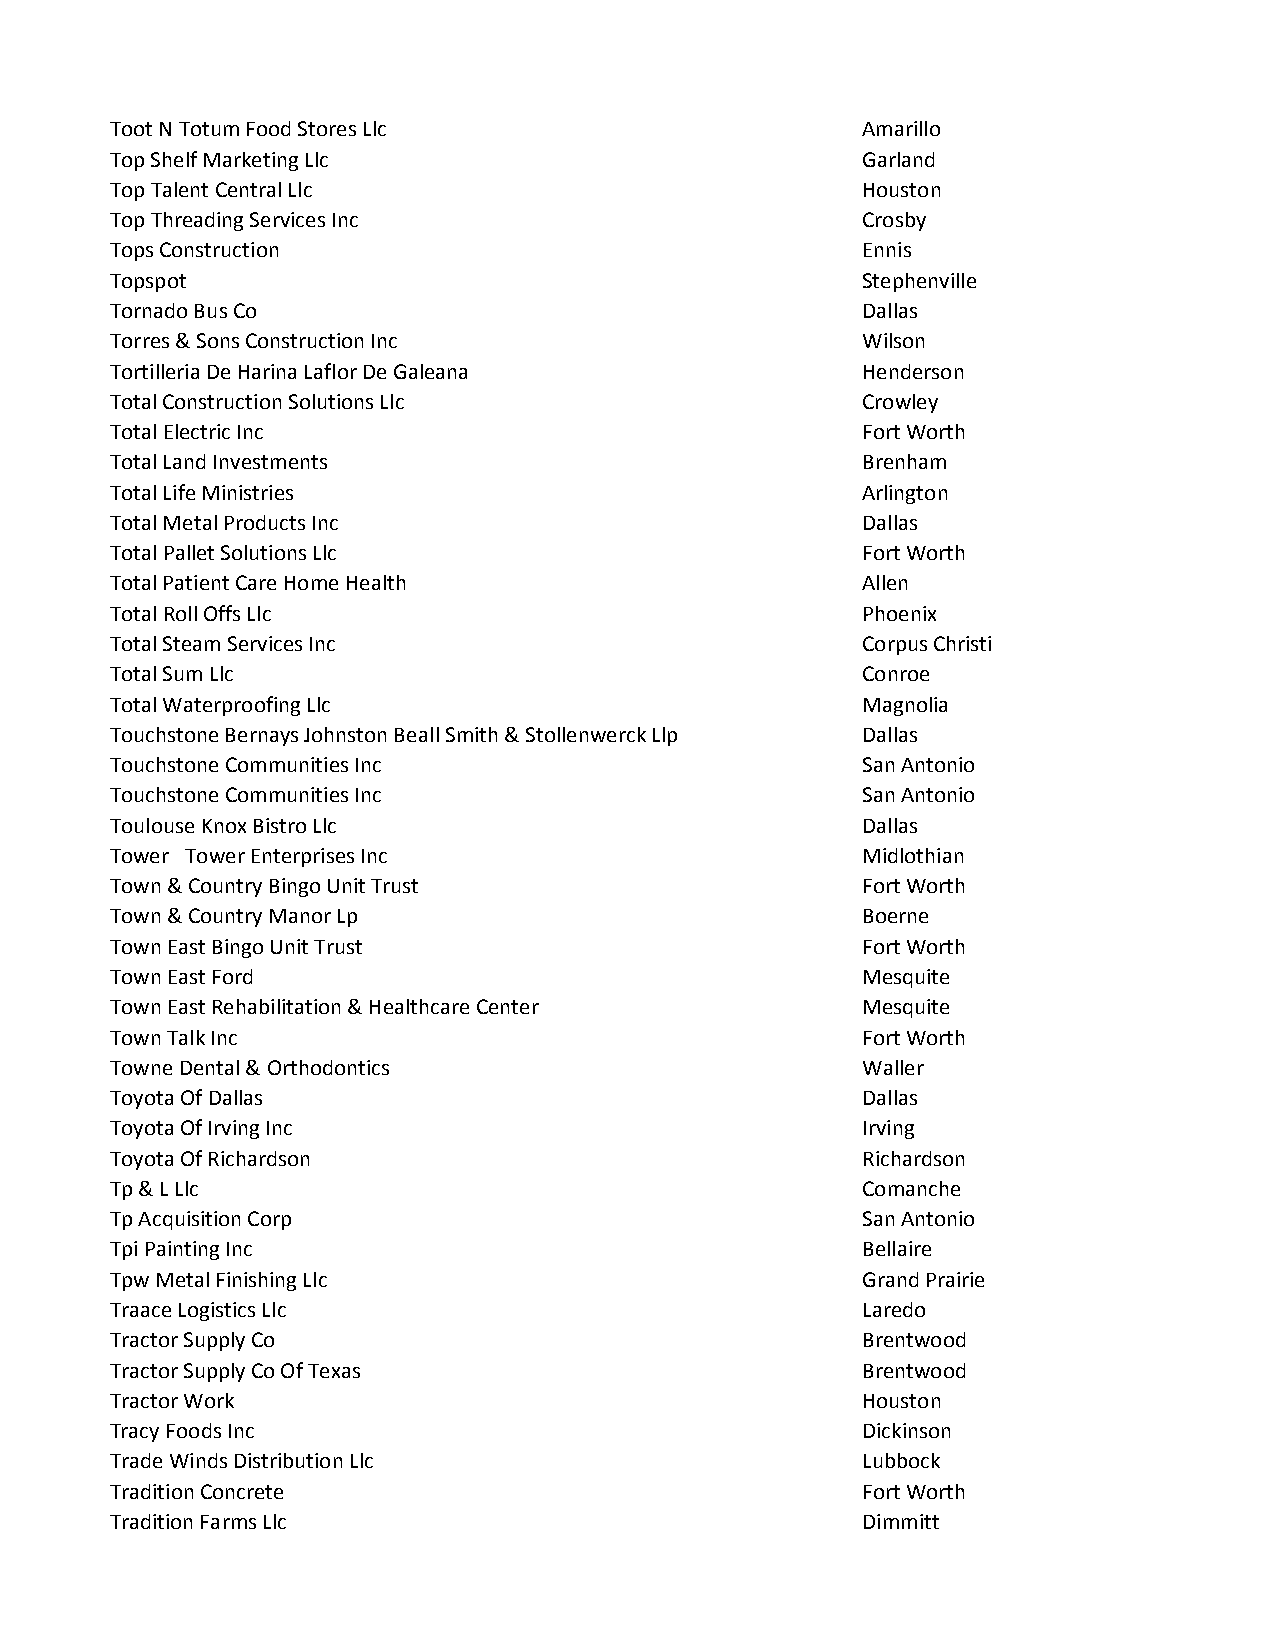
Toot N Totum Food Stores Llc                      Amarillo
 Top Shelf Marketing Llc                           Garland
 Top Talent Central Llc                            Houston
 Top Threading Services Inc                        Crosby
 Tops Construction                                 Ennis
 Topspot                                           Stephenville
 Tornado Bus Co                                    Dallas
 Torres & Sons Construction Inc                    Wilson
 Tortilleria De Harina Laflor De Galeana           Henderson
 Total Construction Solutions Llc                  Crowley
 Total Electric Inc                                Fort Worth
 Total Land Investments                            Brenham
 Total Life Ministries                             Arlington
 Total Metal Products Inc                          Dallas
 Total Pallet Solutions Llc                        Fort Worth
 Total Patient Care Home Health                    Allen
 Total Roll Offs Llc                               Phoenix
 Total Steam Services Inc                          Corpus Christi
 Total Sum Llc                                     Conroe
 Total Waterproofing Llc                           Magnolia
 Touchstone Bernays Johnston Beall Smith & Stollenwerck Llp Dallas
 Touchstone Communities Inc                        San Antonio
 Touchstone Communities Inc                        San Antonio
 Toulouse Knox Bistro Llc                          Dallas
 Tower Tower Enterprises Inc                       Midlothian
 Town & Country Bingo Unit Trust                   Fort Worth
 Town & Country Manor Lp                           Boerne
 Town East Bingo Unit Trust                        Fort Worth
 Town East Ford                                    Mesquite
 Town East Rehabilitation & Healthcare Center      Mesquite
 Town Talk Inc                                     Fort Worth
 Towne Dental & Orthodontics                       Waller
 Toyota Of Dallas                                  Dallas
 Toyota Of Irving Inc                              Irving
 Toyota Of Richardson                              Richardson
 Tp & L Llc                                        Comanche
 Tp Acquisition Corp                               San Antonio
 Tpi Painting Inc                                  Bellaire
 Tpw Metal Finishing Llc                           Grand Prairie
 Traace Logistics Llc                              Laredo
 Tractor Supply Co                                 Brentwood
 Tractor Supply Co Of Texas                        Brentwood
 Tractor Work                                      Houston
 Tracy Foods Inc                                   Dickinson
 Trade Winds Distribution Llc                      Lubbock
 Tradition Concrete                                Fort Worth
 Tradition Farms Llc                               Dimmitt